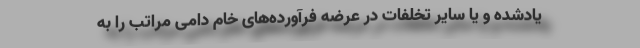
یادشده و یا سایر تخلفات در عرضه فرآورده‌های خام دامی مراتب را به